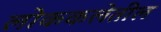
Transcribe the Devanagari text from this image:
लोककलेतील